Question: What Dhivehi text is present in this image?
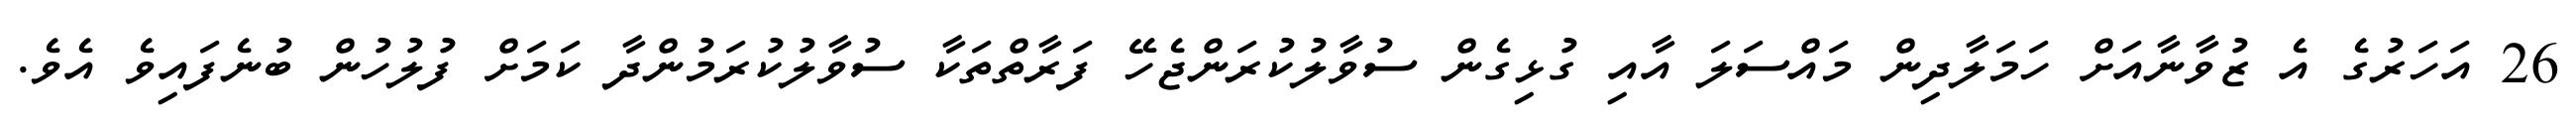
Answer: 26 އަހަރުގެ އެ ޒުވާނާއަށް ހަމަލާދިން މައްސަލަ އާއި ގުޅިގެން ސުވާލުކުރަންޖެހޭ ފަރާތްތަކާ ސުވާލުކުރަމުންދާ ކަމަށް ފުލުހުން ބުނެފައިވެ އެވެ.